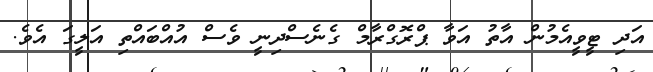
އަދި ޓީވީއެމުން އާތު އަވާ ޕްރޮގްރާމް ގެނެސްދިނީ ވެސް އުއްބައްތި އަލީގަ އެވެ.